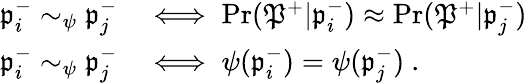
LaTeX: \begin{array}{rl}{\mathfrak{p}_{i}^{-}\sim_{\psi}\mathfrak{p}_{j}^{-}}&{\iff\operatorname*{Pr}(\mathfrak{P}^{+}|\mathfrak{p}_{i}^{-})\approx\operatorname*{Pr}(\mathfrak{P}^{+}|\mathfrak{p}_{j}^{-})}\\ {\mathfrak{p}_{i}^{-}\sim_{\psi}\mathfrak{p}_{j}^{-}}&{\iff\psi(\mathfrak{p}_{i}^{-})=\psi(\mathfrak{p}_{j}^{-})~.}\end{array}